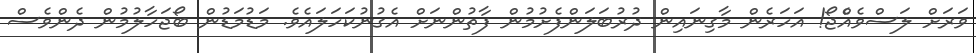
ވަރަށް ލަސްވެއްެޖޯ! އަހަރެން މާގިނައިން ދުރުބަލަންފެށުމުން ފާތުންނަށް އެގުނުކަހަލައެވެ. މަޑުމަޑުން ބޯޖަހާލުމުން ދެންވެސް